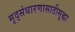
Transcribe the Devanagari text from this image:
मृद्संधारणासाठीसुद्धा